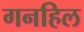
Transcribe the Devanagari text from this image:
गनहिल